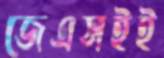
জেএসইই